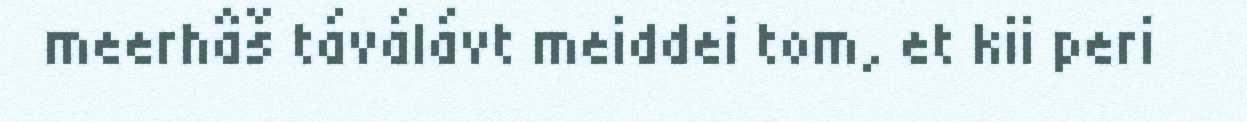
meerhâš táválávt meiddei tom, et kii peri